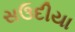
સઉદીયા